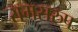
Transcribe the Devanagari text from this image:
रामसरुप